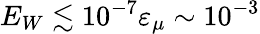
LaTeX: E_{W}\lesssim 10^{-7}\varepsilon_{\mu}\sim 10^{-3}